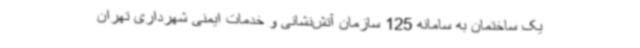
یک ساختمان به سامانه 125 سازمان آتش‌نشانی و خدمات ایمنی شهرداری تهران